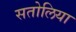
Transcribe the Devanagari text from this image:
सतोलिया